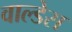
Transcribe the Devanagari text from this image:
वाल्डेस